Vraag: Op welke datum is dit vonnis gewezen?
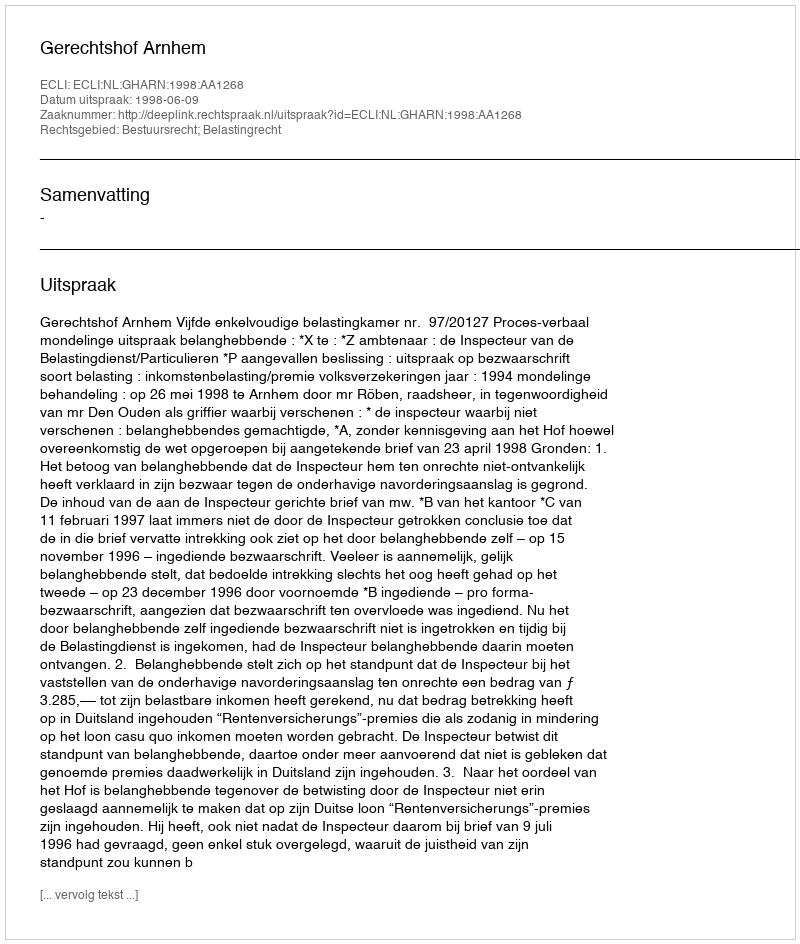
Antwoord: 1998-06-09